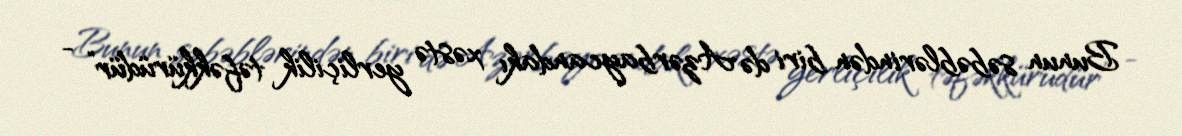
Bunun səbəblərindən biri də Azərbaycandakı xəstə yerliçilik təfəkkürüdür” -